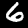
Digit: 6